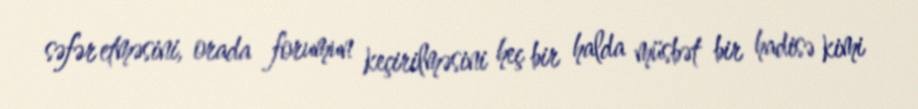
səfər etməsini, orada forumun keçirilməsini heç bir halda müsbət bir hadisə kimi